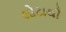
લોટાથી